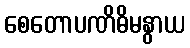
စေတောပဏိဓိမနွာယ